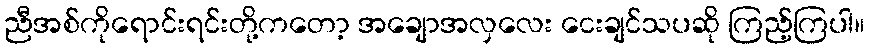
ညီအစ်ကိုရောင်းရင်းတို့ကတော့ အချောအလှလေး ငေးချင်သပဆို ကြည့်ကြပါ။